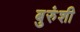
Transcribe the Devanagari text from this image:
बुरुंशी